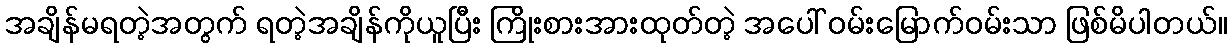
အချိန်မရတဲ့အတွက် ရတဲ့အချိန်ကိုယူပြီး ကြိုးစားအားထုတ်တဲ့ အပေါ် ဝမ်းမြောက်ဝမ်းသာ ဖြစ်မိပါတယ်။